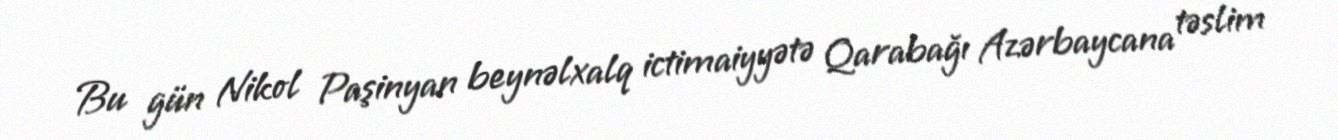
Bu gün Nikol Paşinyan beynəlxalq ictimaiyyətə Qarabağı Azərbaycana təslim